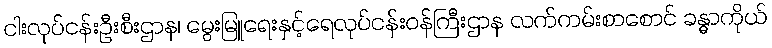
ငါးလုပ်ငန်းဦးစီးဌာန၊ မွေးမြူရေးနှင့်ရေလုပ်ငန်းဝန်ကြီးဌာန လက်ကမ်းစာစောင် ခန္ဓာကိုယ်